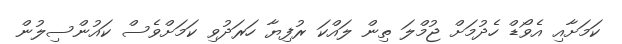
ކަމަށާއި އެވޯޑް ހެދުމަށް ޖުމްލަ ތިން ލައްކަ ރުފިޔާ ހަރަދުވި ކަމަށްވެސް ކައުންސިލުން